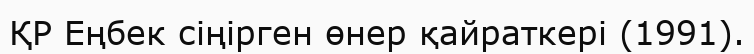
ҚР Еңбек сіңірген өнер қайраткері (1991).